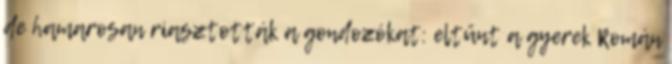
de hamarosan riasztották a gondozókat: eltűnt a gyerek Román